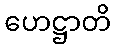
ဟေဋ္ဌာတိ